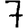
Digit: 7